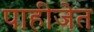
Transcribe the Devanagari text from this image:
पाहीजेत